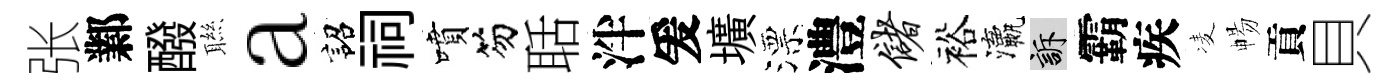
张鄴醱聮a詔祠噴笏聒泮爰壙漂澧储裕瀛訴霸疾凌暢貢貝